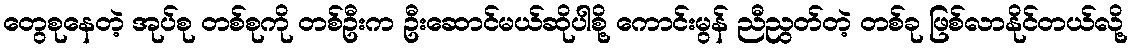
တွေစုနေတဲ့ အုပ်စု တစ်စုကို တစ်ဦးက ဦးဆောင်မယ်ဆိုပါစို့ ကောင်းမွန် ညီညွတ်တဲ့ တစ်ခု ဖြစ်လာနိုင်တယ်လို့